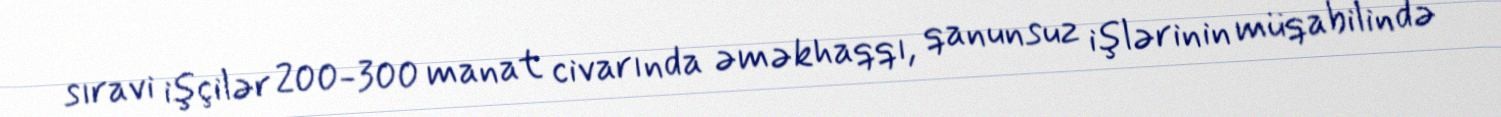
sıravi işçilər 200-300 manat civarında əməkhaqqı, qanunsuz işlərinin müqabilində